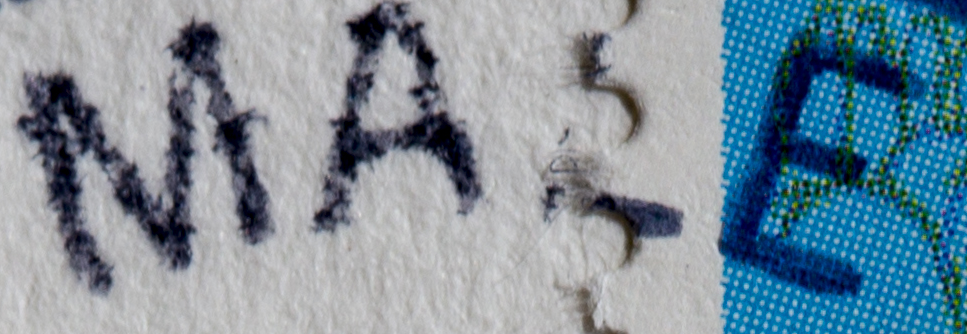
MALE